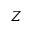
Z